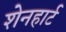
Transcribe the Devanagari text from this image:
शेनहार्ट